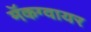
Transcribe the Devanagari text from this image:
मॅकग्वायर